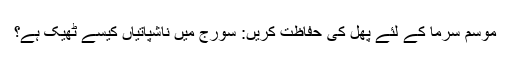
موسم سرما کے لئے پھل کی حفاظت کریں: سورج میں ناشپاتیاں کیسے ٹھیک ہے؟